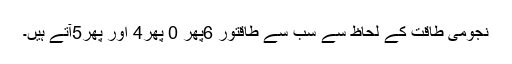
نجومی طاقت کے لحاظ سے سب سے طاقتور 6پھر 0 پھر4 اور پھر5آتے ہیں۔